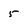
Character: 5